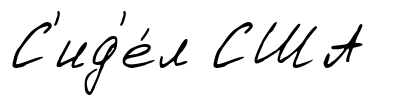
С'ид'е́л США